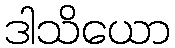
ဒါသိယော